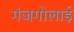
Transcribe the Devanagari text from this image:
गंजगोलाई